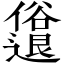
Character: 𫤈